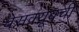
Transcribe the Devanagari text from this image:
चेसक्यूबची